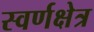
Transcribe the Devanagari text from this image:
स्वर्णक्षेत्र